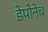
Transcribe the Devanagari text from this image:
डेपोनेच